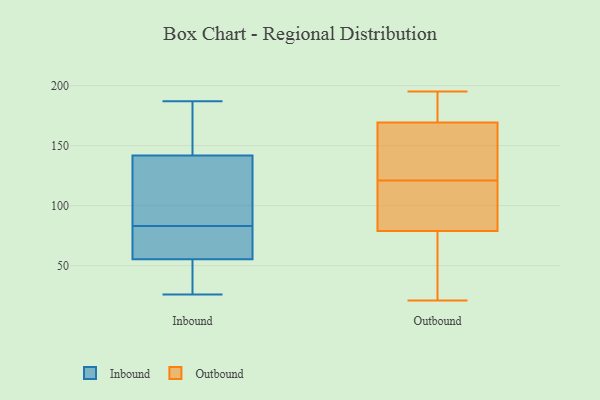
{"axis": {"x": "LTV (USD)", "y": "Value"}, "legend": ["Inbound", "Outbound"], "data": [{"x": "", "y": 187, "type": "Inbound"}, {"x": "", "y": 26, "type": "Inbound"}, {"x": "", "y": 86, "type": "Inbound"}, {"x": "", "y": 83, "type": "Inbound"}, {"x": "", "y": 27, "type": "Inbound"}, {"x": "", "y": 182, "type": "Inbound"}, {"x": "", "y": 60, "type": "Inbound"}, {"x": "", "y": 44, "type": "Inbound"}, {"x": "", "y": 102, "type": "Inbound"}, {"x": "", "y": 59, "type": "Inbound"}, {"x": "", "y": 180, "type": "Inbound"}, {"x": "", "y": 129, "type": "Inbound"}, {"x": "", "y": 81, "type": "Inbound"}, {"x": "", "y": 169, "type": "Outbound"}, {"x": "", "y": 21, "type": "Outbound"}, {"x": "", "y": 109, "type": "Outbound"}, {"x": "", "y": 137, "type": "Outbound"}, {"x": "", "y": 195, "type": "Outbound"}, {"x": "", "y": 44, "type": "Outbound"}, {"x": "", "y": 102, "type": "Outbound"}, {"x": "", "y": 170, "type": "Outbound"}, {"x": "", "y": 84, "type": "Outbound"}, {"x": "", "y": 121, "type": "Outbound"}, {"x": "", "y": 177, "type": "Outbound"}, {"x": "", "y": 63, "type": "Outbound"}, {"x": "", "y": 140, "type": "Outbound"}]}